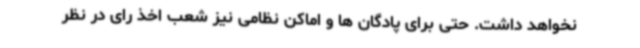
نخواهد داشت. حتی برای پادگان ها و اماکن نظامی نیز شعب اخذ رای در نظر